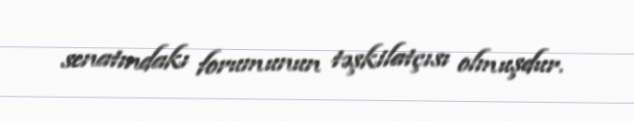
senatındakı forumunun təşkilatçısı olmuşdur.